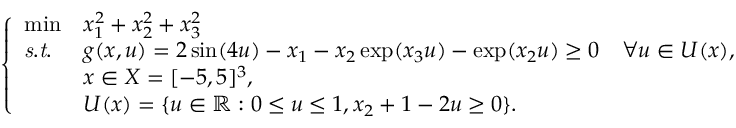
\left\{ \begin{array} { l l l } { \operatorname* { m i n } } & { x _ { 1 } ^ { 2 } + x _ { 2 } ^ { 2 } + x _ { 3 } ^ { 2 } } \\ { \mathit { s . t . } } & { g ( x , u ) = 2 \sin ( 4 u ) - x _ { 1 } - x _ { 2 } \exp ( x _ { 3 } u ) - \exp ( x _ { 2 } u ) \geq 0 \quad \forall u \in U ( x ) , } \\ & { x \in X = [ - 5 , 5 ] ^ { 3 } , } \\ & { U ( x ) = \{ u \in \mathbb { R } : 0 \leq u \leq 1 , x _ { 2 } + 1 - 2 u \geq 0 \} . } \end{array} \right.